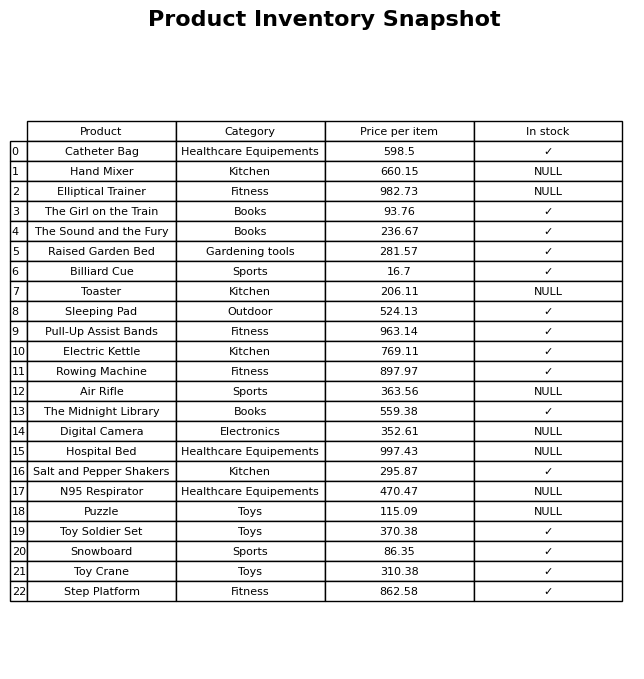
question: What is the price of the Raised Garden Bed?
answer: The price of Raised Garden Bed is 281.57.